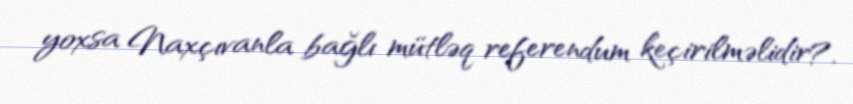
yoxsa Naxçıvanla bağlı mütləq referendum keçirilməlidir?.